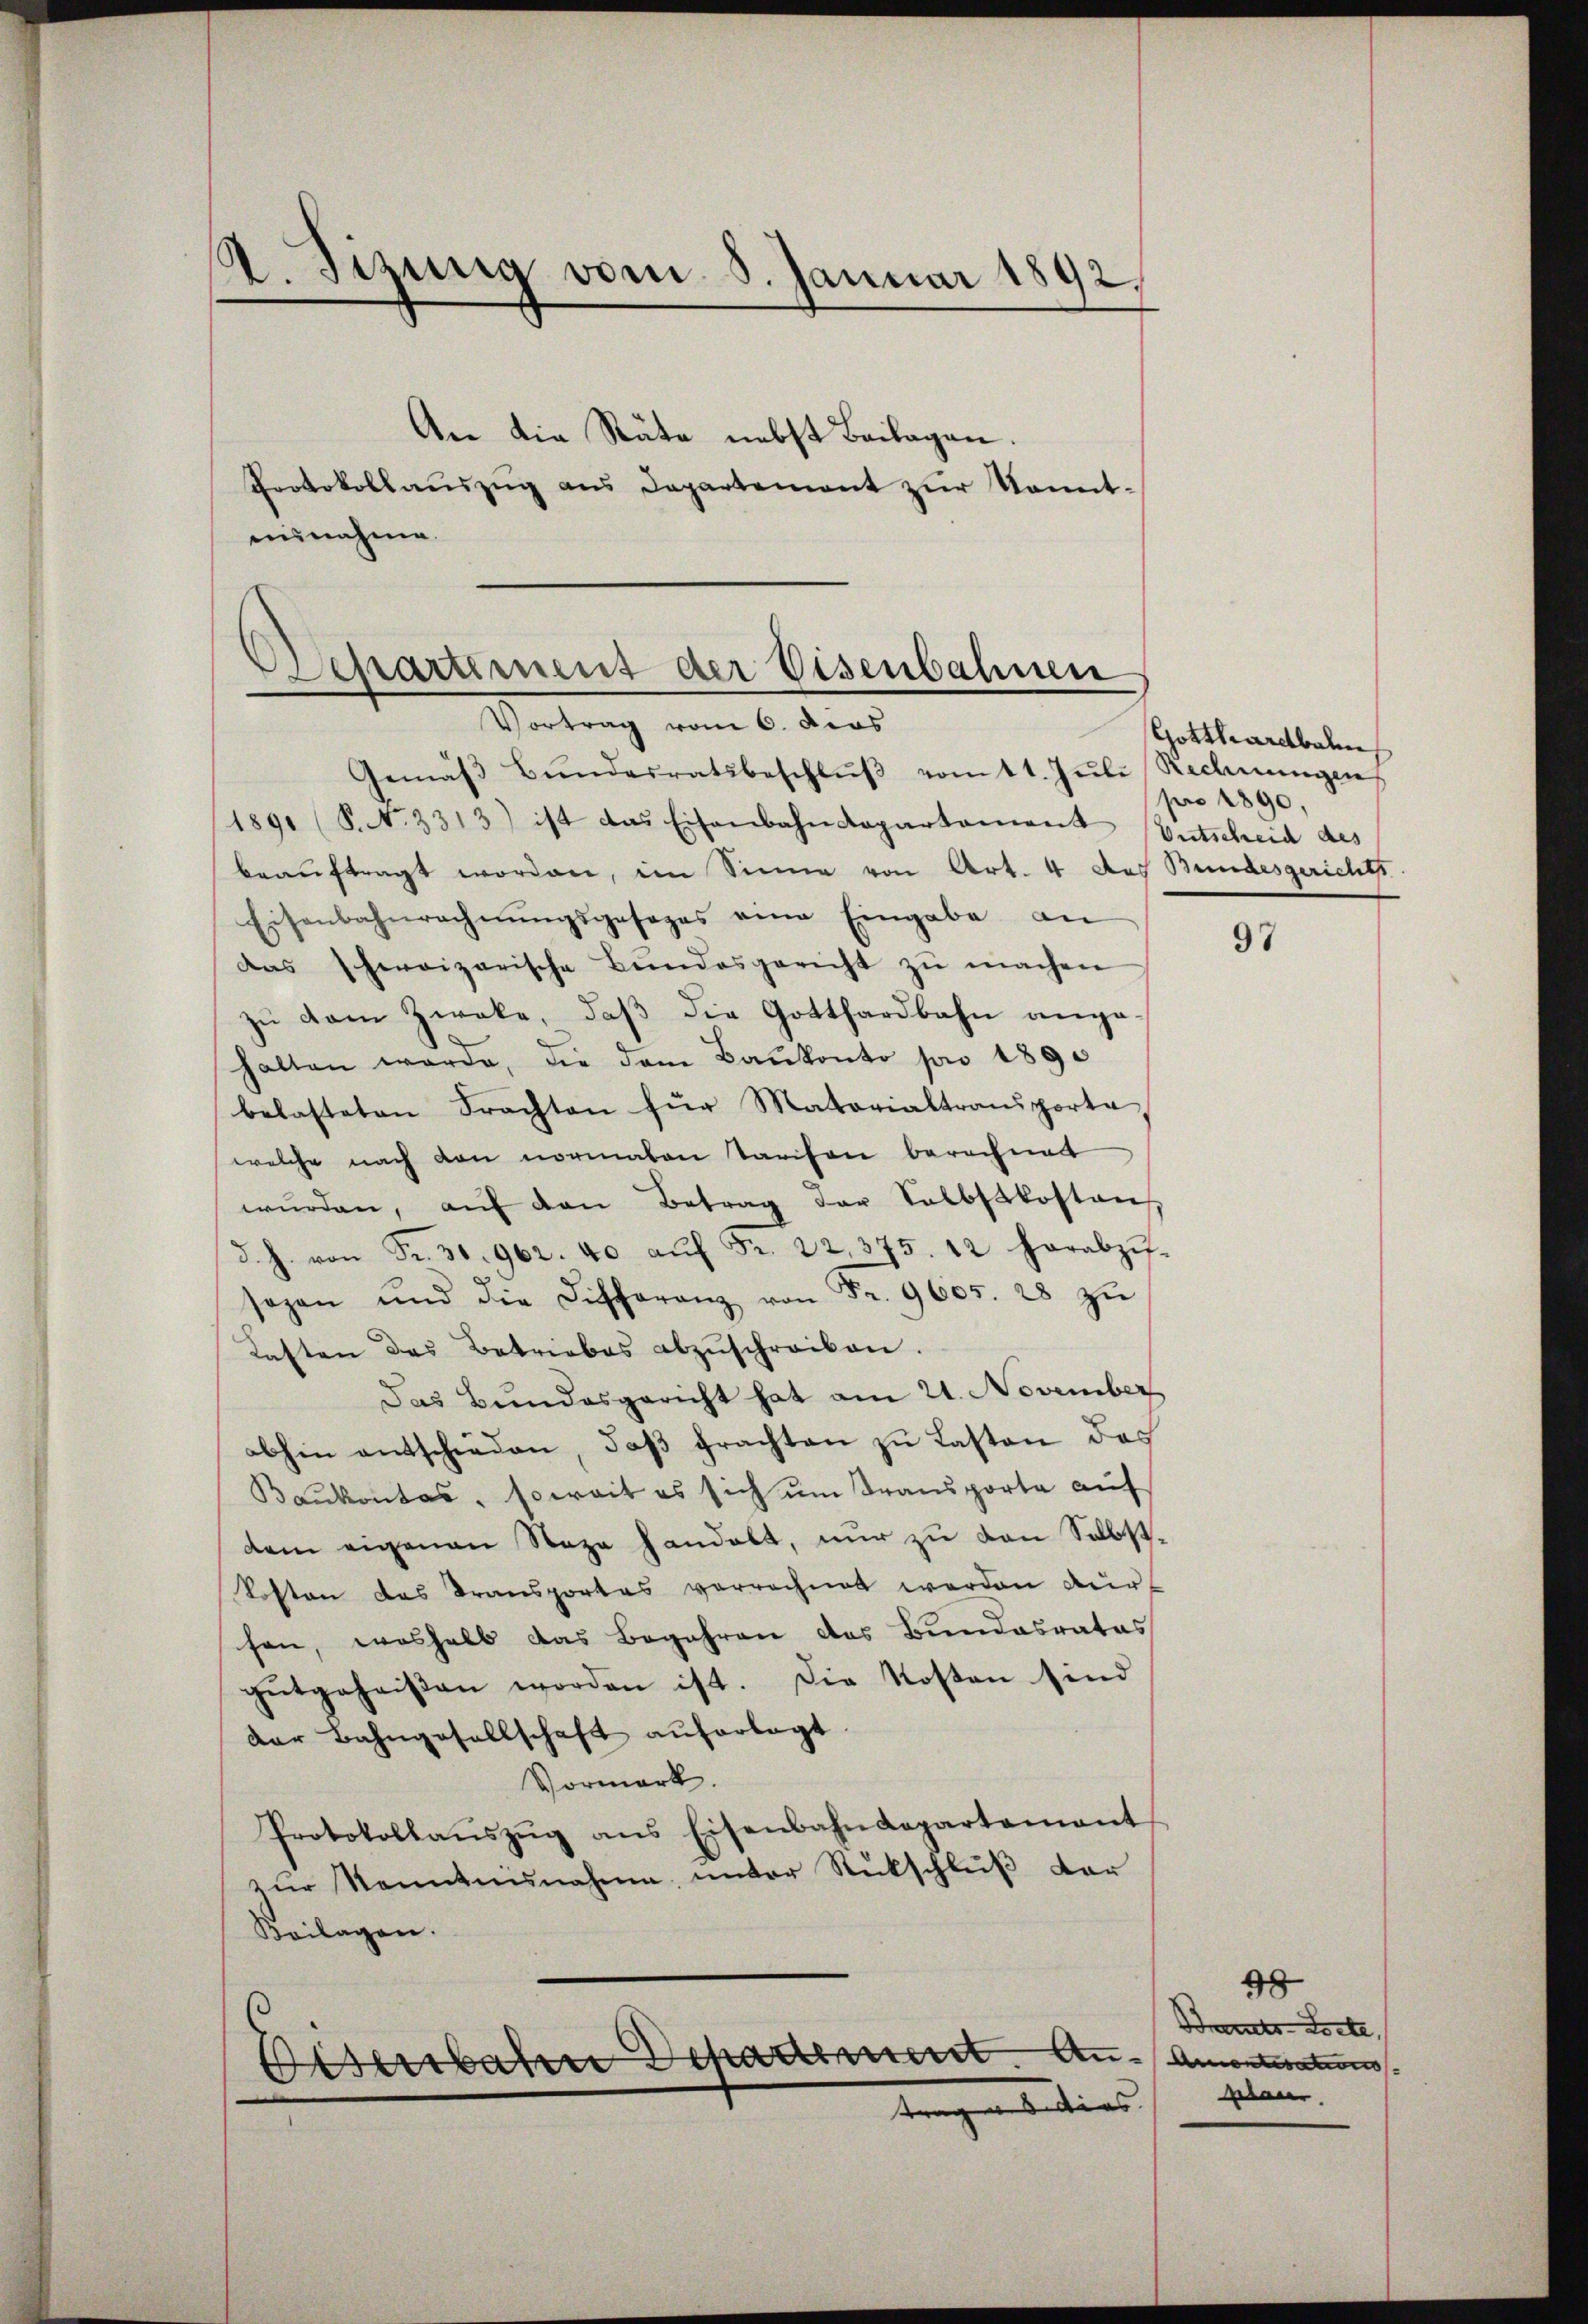
.
v.sizung vom 8. Januar 1892,

An die Räte nebst Beilagen.
Protokollaŭszŭg ans Departement zur Kenntennahme.

Departement der Eisenbahnen
Vortrag vom 6. dies

Gemäβ Bŭndesratsbeschlŭβ vom 1. Jŭli Rechnŭngen
1891 (S. No. 3313) ist das Eisenbahndepartament (Entscheid des
beaŭftragt worden, im Sinne von Art. 4 des Bundesgerichts
Eisenbahnrechnŭngsgesages eine Eingabe an
das schweizerische Bundesgericht zŭ machen
zŭ dem Zweke, daβ die Gotthardbahn ange-
halten werde, die dem Baŭkonto pro 1890
belasteten Frachten für Matorialtransporte,
welche nach den normalen Tarifen berechnett
wŭrden, aŭf den Betrag der Selbstkosten
d. h. von Fr. 30. 962. 40 aŭf Fr. 22,375. 12 herabzif-
sagen und die Differanz von Fr. 9605. 28 zŭ
Kasten des Betriebes abzŭschreiben.
Das Bundesgericht hat am 21. November
abhin entschieden, daβ prachten zu Lasten des
Baŭkontes, soweit es sich ŭm Transporta auf
dem eigenen Stege handelt, nur zu den Selbst¬
Kosten das Transportes verrechnet werden dur
fen, weshalb das Begehren des Bundesrates
gŭtgeheißen worden ist. Die Kosten sind
der Bahngesellschaft auferlegt
Vormerk.
Protokollaŭszŭg ans Eisenbahndepartement
zŭr Kenntnisnahme, ŭnter Rückschlŭβ der
Keilagen.

Osenbahre Departement. Au-Amonteration
trag wiedens. Glau

Gotthardbal
pro 1890,

97

98
Brats Torte